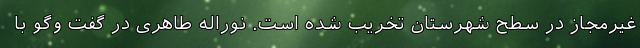
غیرمجاز در سطح شهرستان تخریب شده است. نوراله طاهری در گفت وگو با